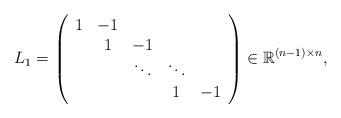
LaTeX: \begin{align*}L_1 = \left( \begin{array}{ccccc} 1 & -1 & & & \\ & 1 & -1 & & \\ & & \ddots & \ddots & \\ & & & 1 & -1\\ \end{array} \right)\in \mathbb{R}^{(n-1)\times n},\end{align*}